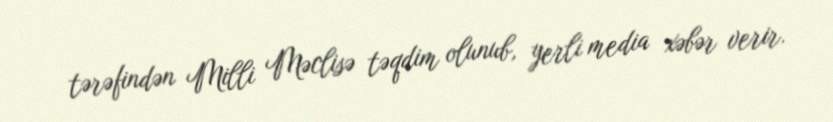
tərəfindən Milli Məclisə təqdim olunub, yerli media xəbər verir.